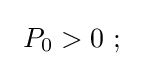
~P_{0}>0~;\quad